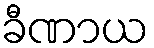
ခီဏာယ